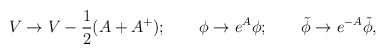
\begin{align*}V \to V - \frac{1}{2}(A+A^+);\qquad \phi\to e^{A}\phi;\qquad \tilde\phi\to e^{-A} \tilde\phi,\end{align*}